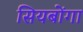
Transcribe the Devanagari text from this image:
सियबोंगा